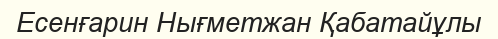
Есенғарин Нығметжан Қабатайұлы